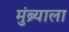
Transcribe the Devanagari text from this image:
मुंब्र्याला